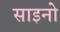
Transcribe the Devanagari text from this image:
साइनो